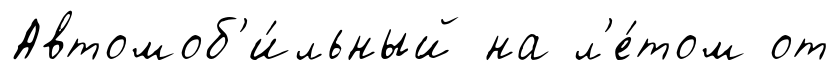
Автомоб'и́льный на л'е́том от